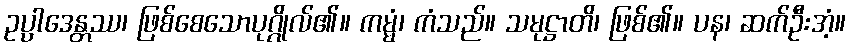
ဥပ္ပာဒေန္တဿ၊ ဖြစ်စေသောပုဂ္ဂိုလ်၏။ ကမ္မံ၊ ကံသည်။ သမုဋ္ဌာတိ၊ ဖြစ်၏။ ပန၊ ဆက်ဦးအံ့။